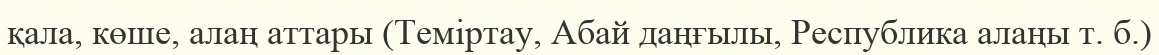
қала, көше, алаң аттары (Теміртау, Абай даңғылы, Республика алаңы т. б.)